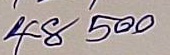
48 - 500